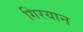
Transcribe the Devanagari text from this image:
गिरयान